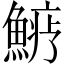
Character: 𩺋